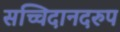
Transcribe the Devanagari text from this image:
सच्चिदानदरुप